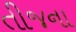
તીજના